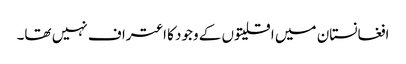
افغانستان میں اقلیتوں کے وجود کا اعتراف نہیں تھا۔